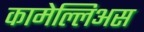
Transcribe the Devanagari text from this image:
कामेल्लिअस